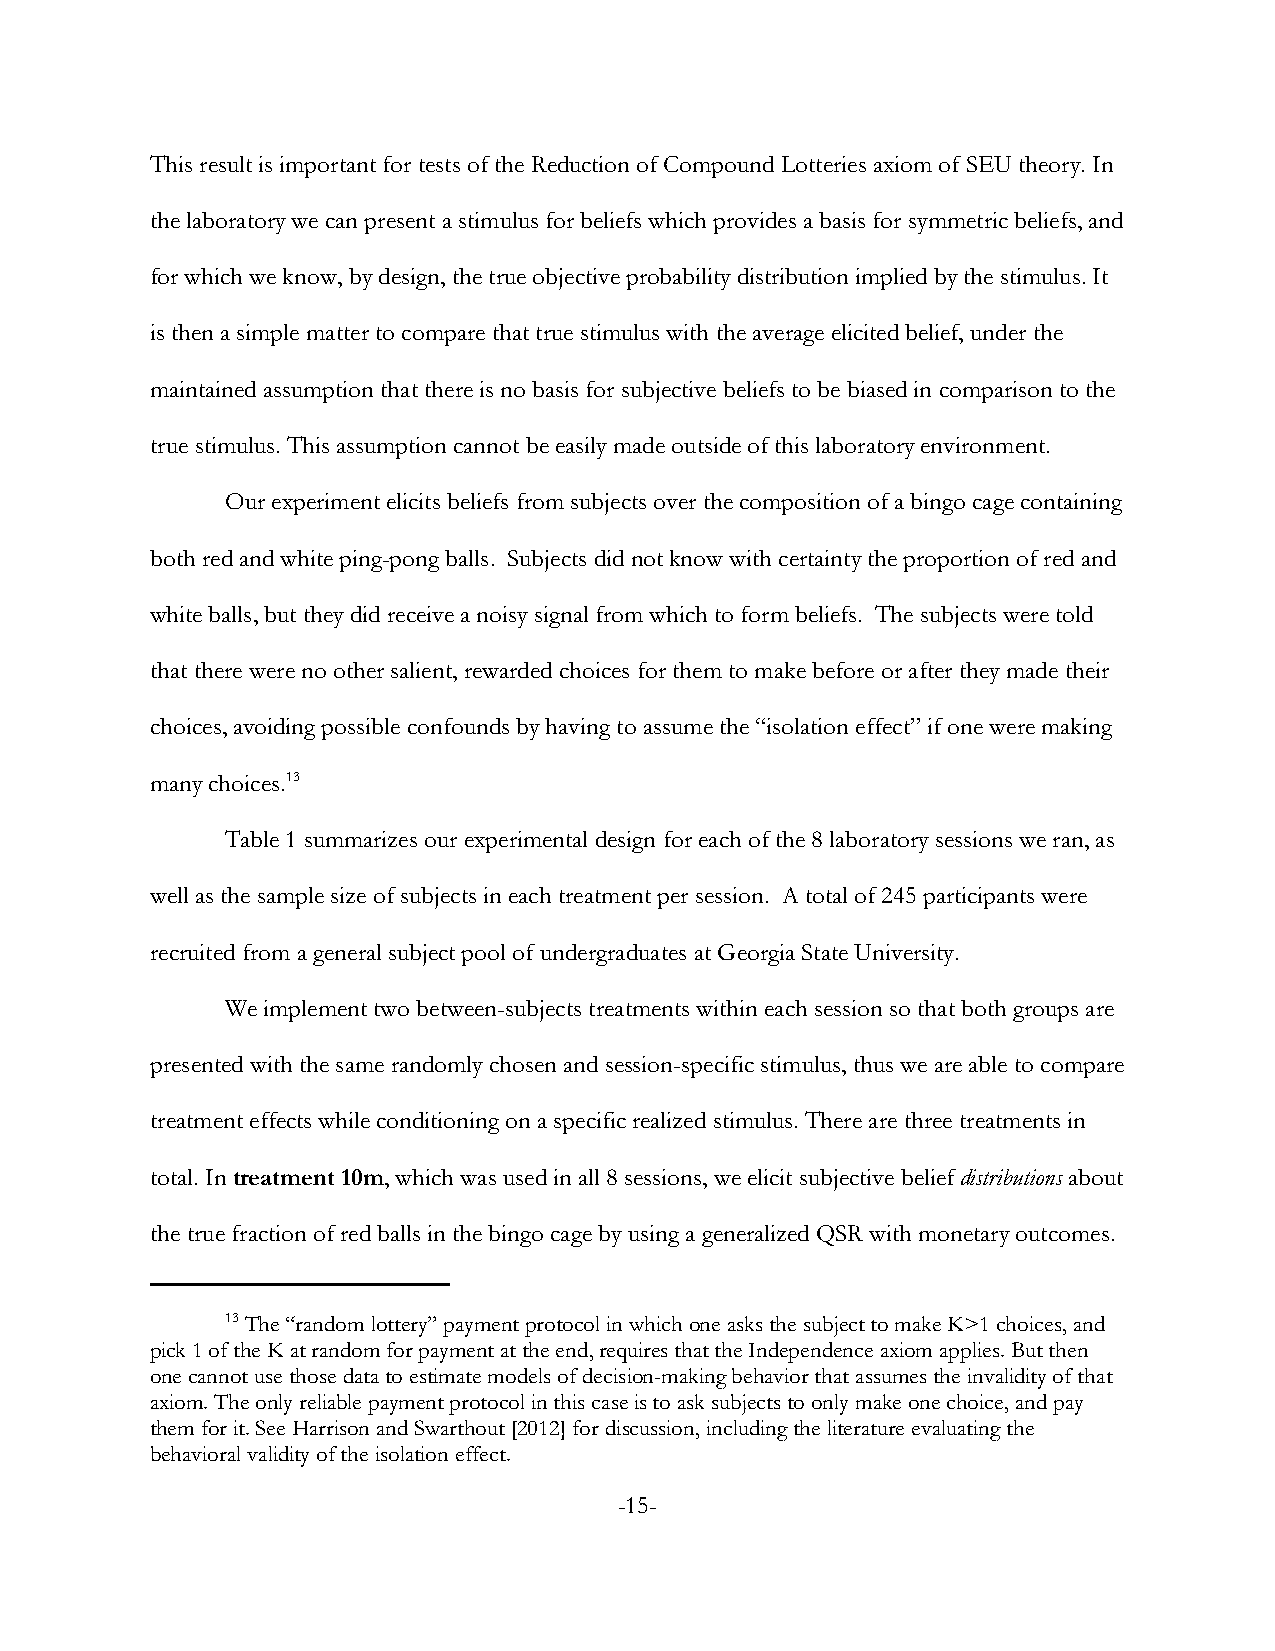
This result is important for tests of the Reduction of Compound Lotteries axiom of SEU theory. In
 the laboratory we can present a stimulus for beliefs which provides a basis for symmetric beliefs, and
 for which we know, by design, the true objective probability distribution implied by the stimulus. It
 is then a simple matter to compare that true stimulus with the average elicited belief, under the
 maintained assumption that there is no basis for subjective beliefs to be biased in comparison to the
 true stimulus. This assumption cannot be easily made outside of this laboratory environment.
 Our experiment elicits beliefs from subjects over the composition of a bingo cage containing
 both red and white ping-pong balls. Subjects did not know with certainty the proportion of red and
 white balls, but they did receive a noisy signal from which to form beliefs. The subjects were told
 that there were no other salient, rewarded choices for them to make before or after they made their
 choices, avoiding possible confounds by having to assume the “isolation effect” if one were making
 many choices.13
 Table 1 summarizes our experimental design for each of the 8 laboratory sessions we ran, as
 well as the sample size of subjects in each treatment per session. A total of 245 participants were
 recruited from a general subject pool of undergraduates at Georgia State University.
 We implement two between-subjects treatments within each session so that both groups are
 presented with the same randomly chosen and session-specific stimulus, thus we are able to compare
 treatment effects while conditioning on a specific realized stimulus. There are three treatments in
 total. In treatment 10m, which was used in all 8 sessions, we elicit subjective belief distributions about
 the true fraction of red balls in the bingo cage by using a generalized QSR with monetary outcomes.
 13 The “random lottery” payment protocol in which one asks the subject to make K>1 choices, and
 pick 1 of the K at random for payment at the end, requires that the Independence axiom applies. But then
 one cannot use those data to estimate models of decision-making behavior that assumes the invalidity of that
 axiom. The only reliable payment protocol in this case is to ask subjects to only make one choice, and pay
 them for it. See Harrison and Swarthout [2012] for discussion, including the literature evaluating the
 behavioral validity of the isolation effect.
 -15-